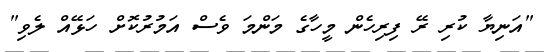
"އަނިޔާ ކުރި ރޭ ފިރިހެން މީހާގެ މަންމަ ވެސް އަމުރުކޮށް ހަޅޭއް ލެވި"